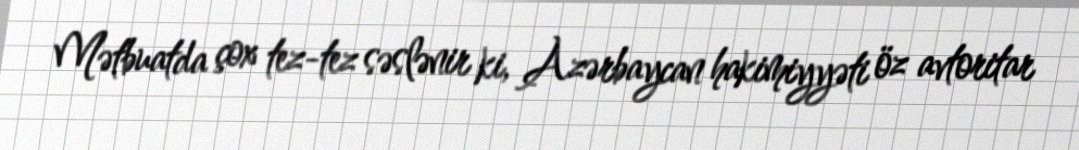
Mətbuatda çox tez-tez səslənir ki, Azərbaycan hakimiyyəti öz avtoritar